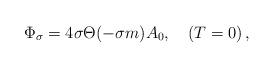
LaTeX: \begin{align*}\Phi_\sigma= 4\sigma\Theta(-\sigma m)A_0, \quad (T=0)\,,\end{align*}